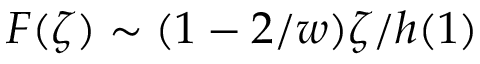
F ( \zeta ) \sim ( 1 - 2 / w ) \zeta / h ( 1 )